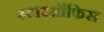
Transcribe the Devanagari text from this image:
स्टारऑफिस